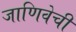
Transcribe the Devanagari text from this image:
जाणिवेची